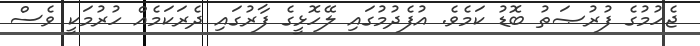
ޖެހުމުގެ ފުރުޞަތު ބޮޑު ކަމެވެ. އުފެދުމުގައި ލޭހޮޅީގެ ފާރުގައި ދެރަކަމެއް ހުރުމަކީ ވެސް